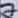
Text: 7